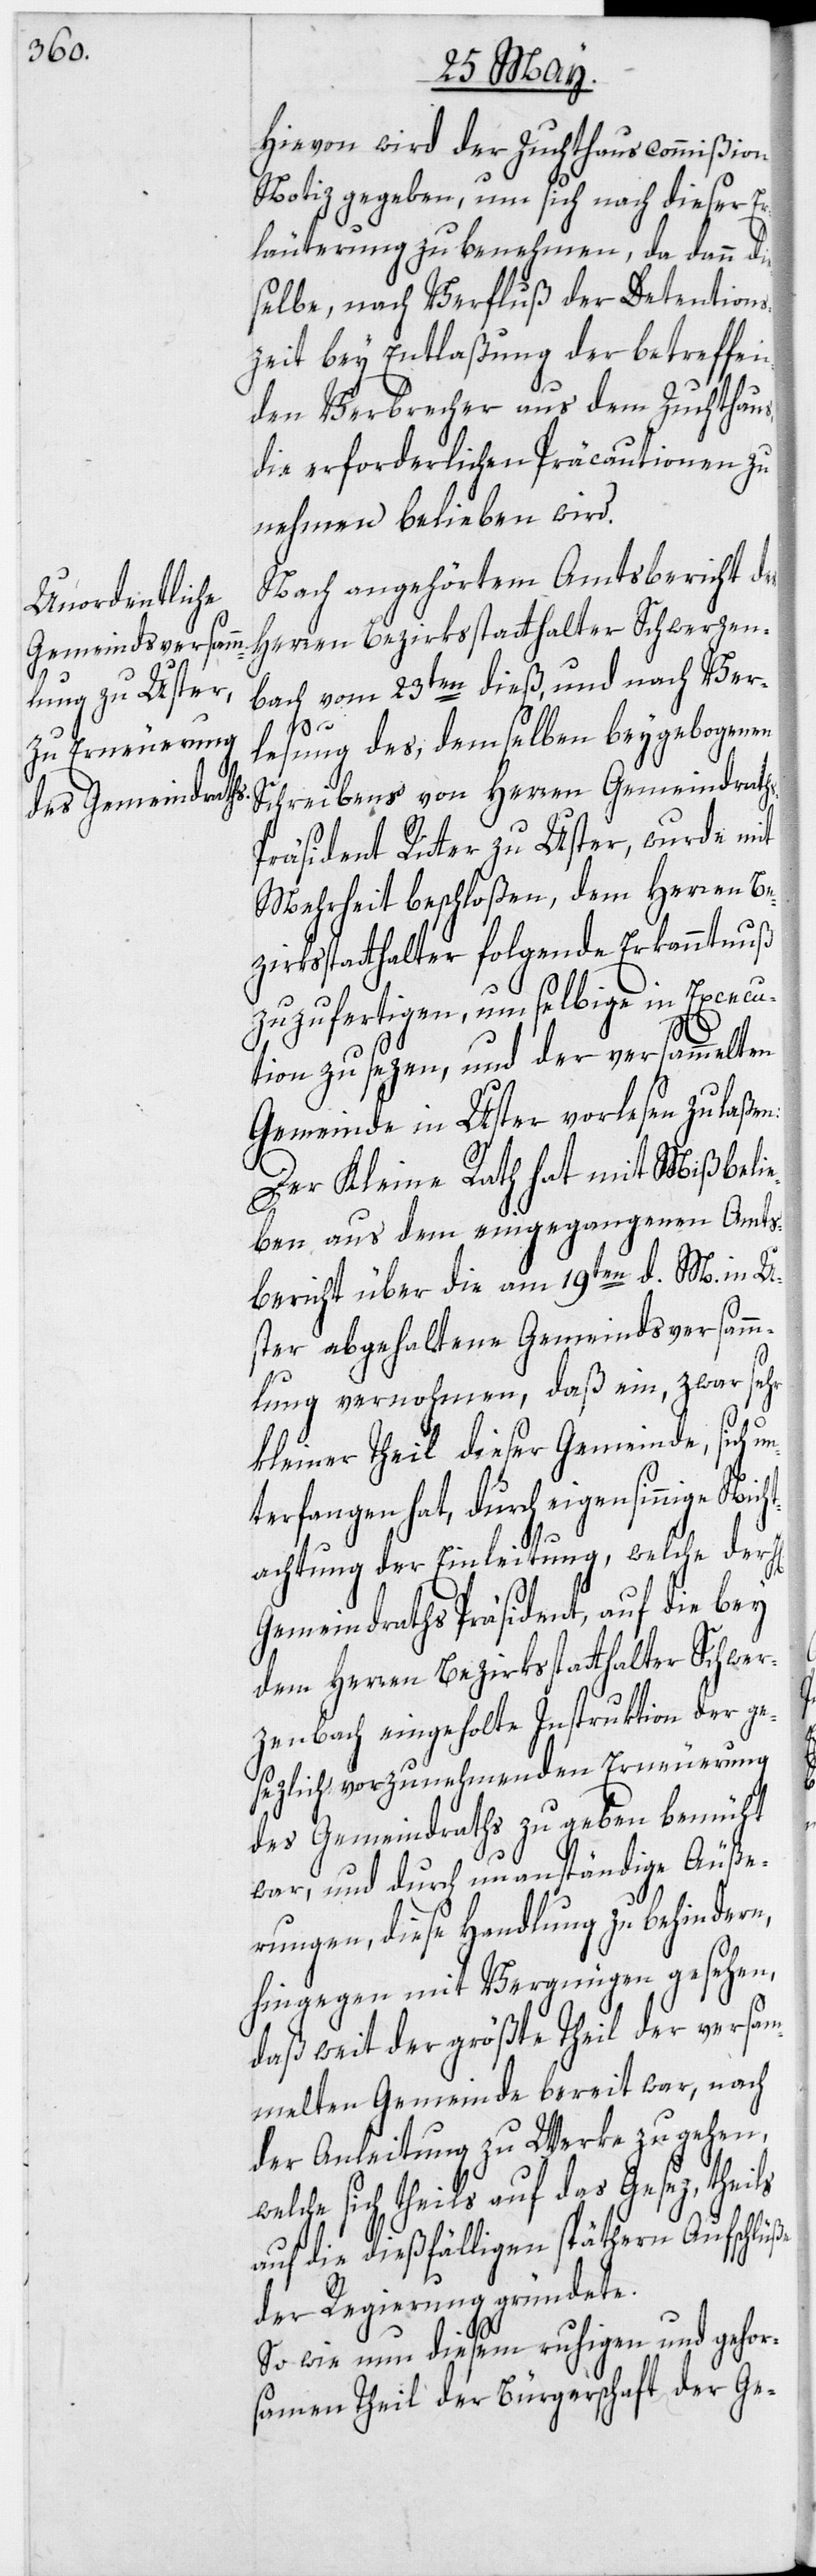
Hievon wird der Zuchthauscommißion
Notiz gegeben, um sich nach dieser Er¬
läuterung zu benehmen, da dann
selbe, nach Verfluß der Detentions¬
zeit bey Entlaßung der betreffen¬
den Verbrecher aus dem Zuchthaus,
die erforderlichen Präcautionen zu
nehmen belieben wird.
Nach angehörtem Amtsbericht des
Herren Bezirksstatthalter Schwerzen¬
bach vom 23ten dieß, und nach Ver¬
lesung des, demselben beygebogenen
Schreibens von Herren Gemeindrath¬
s-Präsident Ritter zu Uster, wurde mit
Mehrheit beschloßen, dem Herren Be¬
zirksstatthalter folgende Erkanntnuß
zuzufertigen, um selbige in Execu¬
tion zu sezen, und der versammelten
Gemeinde in Uster vorlesen zu laßen:
Der Kleine Rath hat mit Mißbelie¬
ben aus dem eingegangenen Amts¬
bericht über die am 19ten d. M. in U¬
ster abgehaltene Gemeindsversamm¬
lung vernohmen, daß ein, zwar sehr
kleiner Theil dieser Gemeinde, sich
terfangen hat, durch eigensinnige Nich¬
t¬
achtung der Einleitung, welche der
Gemeindraths Präsident, auf die bey
dem Herren Bezirksstatthalter Schwer¬
zenbach eingeholte Instruktion der ge¬
sezlich vorzunehmenden Erneuerung
des Gemeindraths zu geben bemüht
war, und durch unanständige Äuße¬
rungen, diese Handlung zu behindern,
hingegen mit Vergnügen gesehen,
daß weit der größte Theil der versam¬
melten Gemeinde bereit war, nach
der Anleitung zu Werke zu gehen,
welche sich theils auf das Gesez, theils
auf die dießfälligen späthern Aufschlüße
der Regierung gründete.
So wie nun diesem ruhigen und gehor¬
samen Theil der Bürgerschaft der Ge-